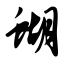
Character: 蝴